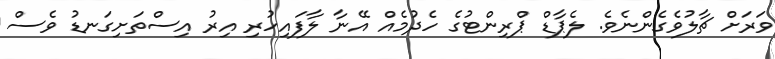
ވަރަށް ޗާލުވެގެންނެވެ. ލެޕާޑް ޕްރިންޓުގެ ހެދުމެއް އޭނާ ލާފައިހުރި އިރު އިސްތަށިގަނޑު ވެސް